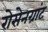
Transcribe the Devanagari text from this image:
रोसेनग्रांट